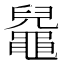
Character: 𪓬